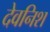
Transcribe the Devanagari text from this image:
देवनिश